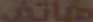
هاتف